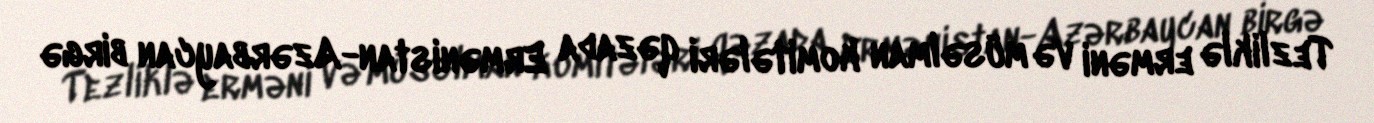
Tezliklə erməni və müsəlman komitələri qəzada Ermənistan-Azərbaycan birgə